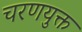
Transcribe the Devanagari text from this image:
चरणयुक्त